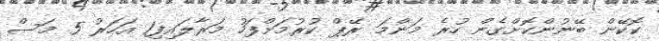
ކޮކޭން ބޭނުންކޮށްގެން ހުރެ މަންމަ ރޭޕް ކުރުމަށްފަހު މަރާލައިފި1 އަހަރު 5 މަސް